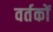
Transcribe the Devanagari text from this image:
वर्तकों